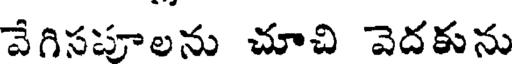
వేగిసపూలను చూచి వెదకును